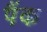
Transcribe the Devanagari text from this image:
पैंक